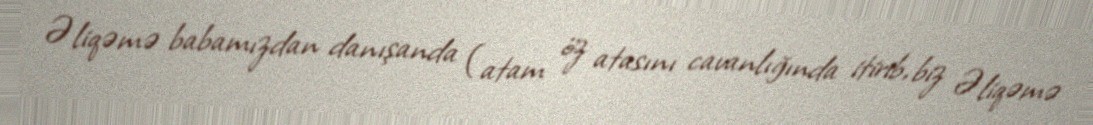
Əliqəmə babamızdan danışanda (atam öz atasını cavanlığında itirib, biz Əliqəmə